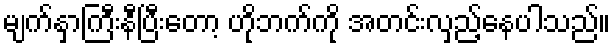
မျက်နှာကြီးနီပြီးတော့ ဟိုဘက်ကို အတင်းလှည့်နေပါသည်။